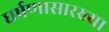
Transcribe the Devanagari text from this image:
घर्षणासारख्या